Newspaper: The Indianapolis journal. [volume]
Place of publication: Indianapolis [Ind.]
Publisher: Douglass & Conner
Date: 1900-06-24 00:00:00
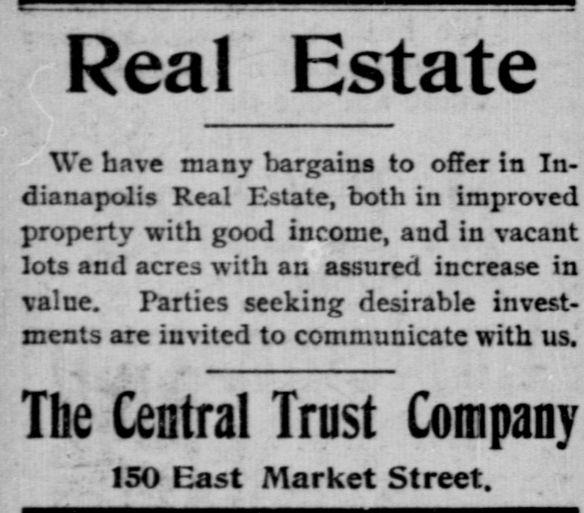
Advertisement text (OCR):
Real Estate We have many bargains to offer in In dianapolis Real Estate, both in improved property with good income, and in vacant lots and acres with an assured increase in value. Farties seeking desirable invest ments are invited to communicate with us. The Central Trust Company " ISO East Market Street.
Label: text-only